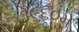
૧૯૬૦મ